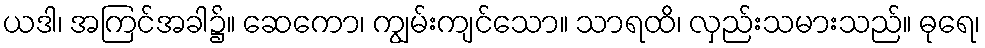
ယဒါ၊ အကြင်အခါ၌။ ဆေကော၊ ကျွမ်းကျင်သော။ သာရထိ၊ လှည်းသမားသည်။ ဓုရေ၊